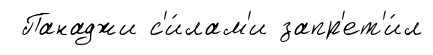
Панаджи с'и́лам'и запр'ет'и́л